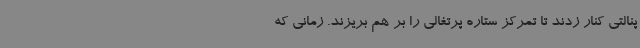
پنالتی کنار زدند تا تمرکز ستاره پرتغالی را بر هم بریزند. زمانی که